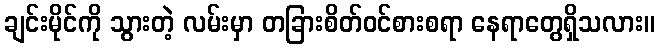
ချင်းမိုင်ကို သွားတဲ့ လမ်းမှာ တခြားစိတ်ဝင်စားစရာ နေရာတွေရှိသလား။